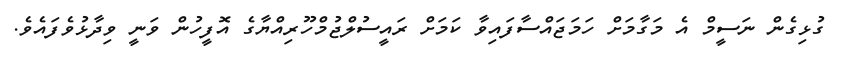
ގުޅިގެން ނަސީމް އެ މަގާމަށް ހަމަޖައްސާފައިވާ ކަމަށް ރައީސުލްޖުމްހޫރިއްޔާގެ އޮފީހުން ވަނީ ވިދާޅުވެފައެވެ.